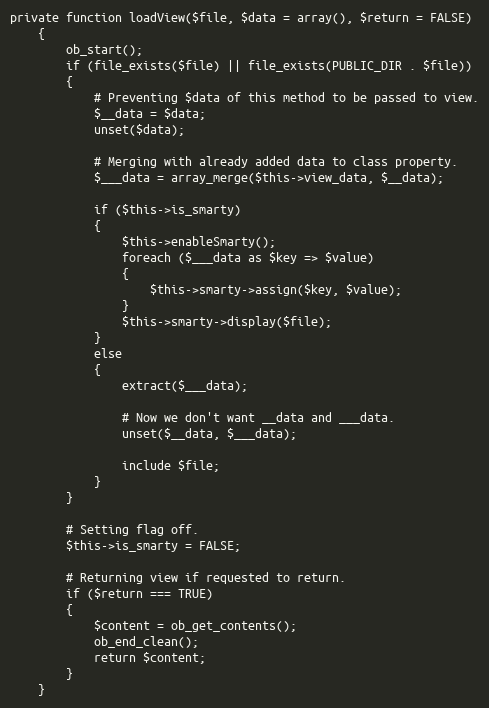
Language: PHP
private function loadView($file, $data = array(), $return = FALSE)
    {
        ob_start();
        if (file_exists($file) || file_exists(PUBLIC_DIR . $file))
        {
            # Preventing $data of this method to be passed to view.
            $__data = $data;
            unset($data);

            # Merging with already added data to class property.
            $___data = array_merge($this->view_data, $__data);

            if ($this->is_smarty)
            {
                $this->enableSmarty();
                foreach ($___data as $key => $value)
                {
                    $this->smarty->assign($key, $value);
                }
                $this->smarty->display($file);
            }
            else
            {
                extract($___data);

                # Now we don't want __data and ___data.
                unset($__data, $___data);

                include $file;
            }
        }

        # Setting flag off.
        $this->is_smarty = FALSE;

        # Returning view if requested to return.
        if ($return === TRUE)
        {
            $content = ob_get_contents();
            ob_end_clean();
            return $content;
        }
    }